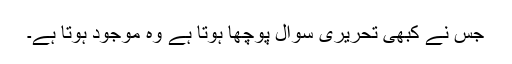
جس نے کبھی تحریری سوال پوچھا ہوتا ہے وہ موجود ہوتا ہے۔